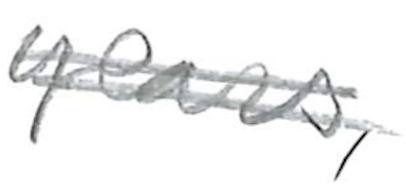
Text: early
Cross-out: double-line
Writing tool: pencil